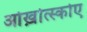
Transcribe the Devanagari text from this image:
ओख़ोत्स्कोए